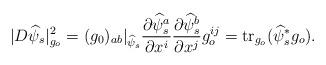
LaTeX: \begin{align*} |D\widehat\psi_s|_{g_o}^2 =(g_{0})_{ab}|_{\widehat\psi_s}\frac{\partial \widehat\psi_s^a}{\partial x^i} \frac{\partial \widehat\psi_s^b}{\partial x^j} g_o^{ij} = {\rm tr}_{g_o}(\widehat\psi_s^*g_o).\end{align*}